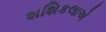
શશિકલાએ